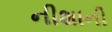
નીશાની